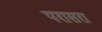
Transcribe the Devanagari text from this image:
परासरा